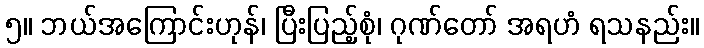
၅။ ဘယ်အကြောင်းဟုန်၊ ပြီးပြည့်စုံ၊ ဂုဏ်တော် အရဟံ ရသနည်း။